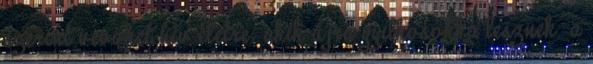
szerint vevőket hív életre. akik újra gyilkosokká lesznek. a